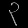
Digit: ၃